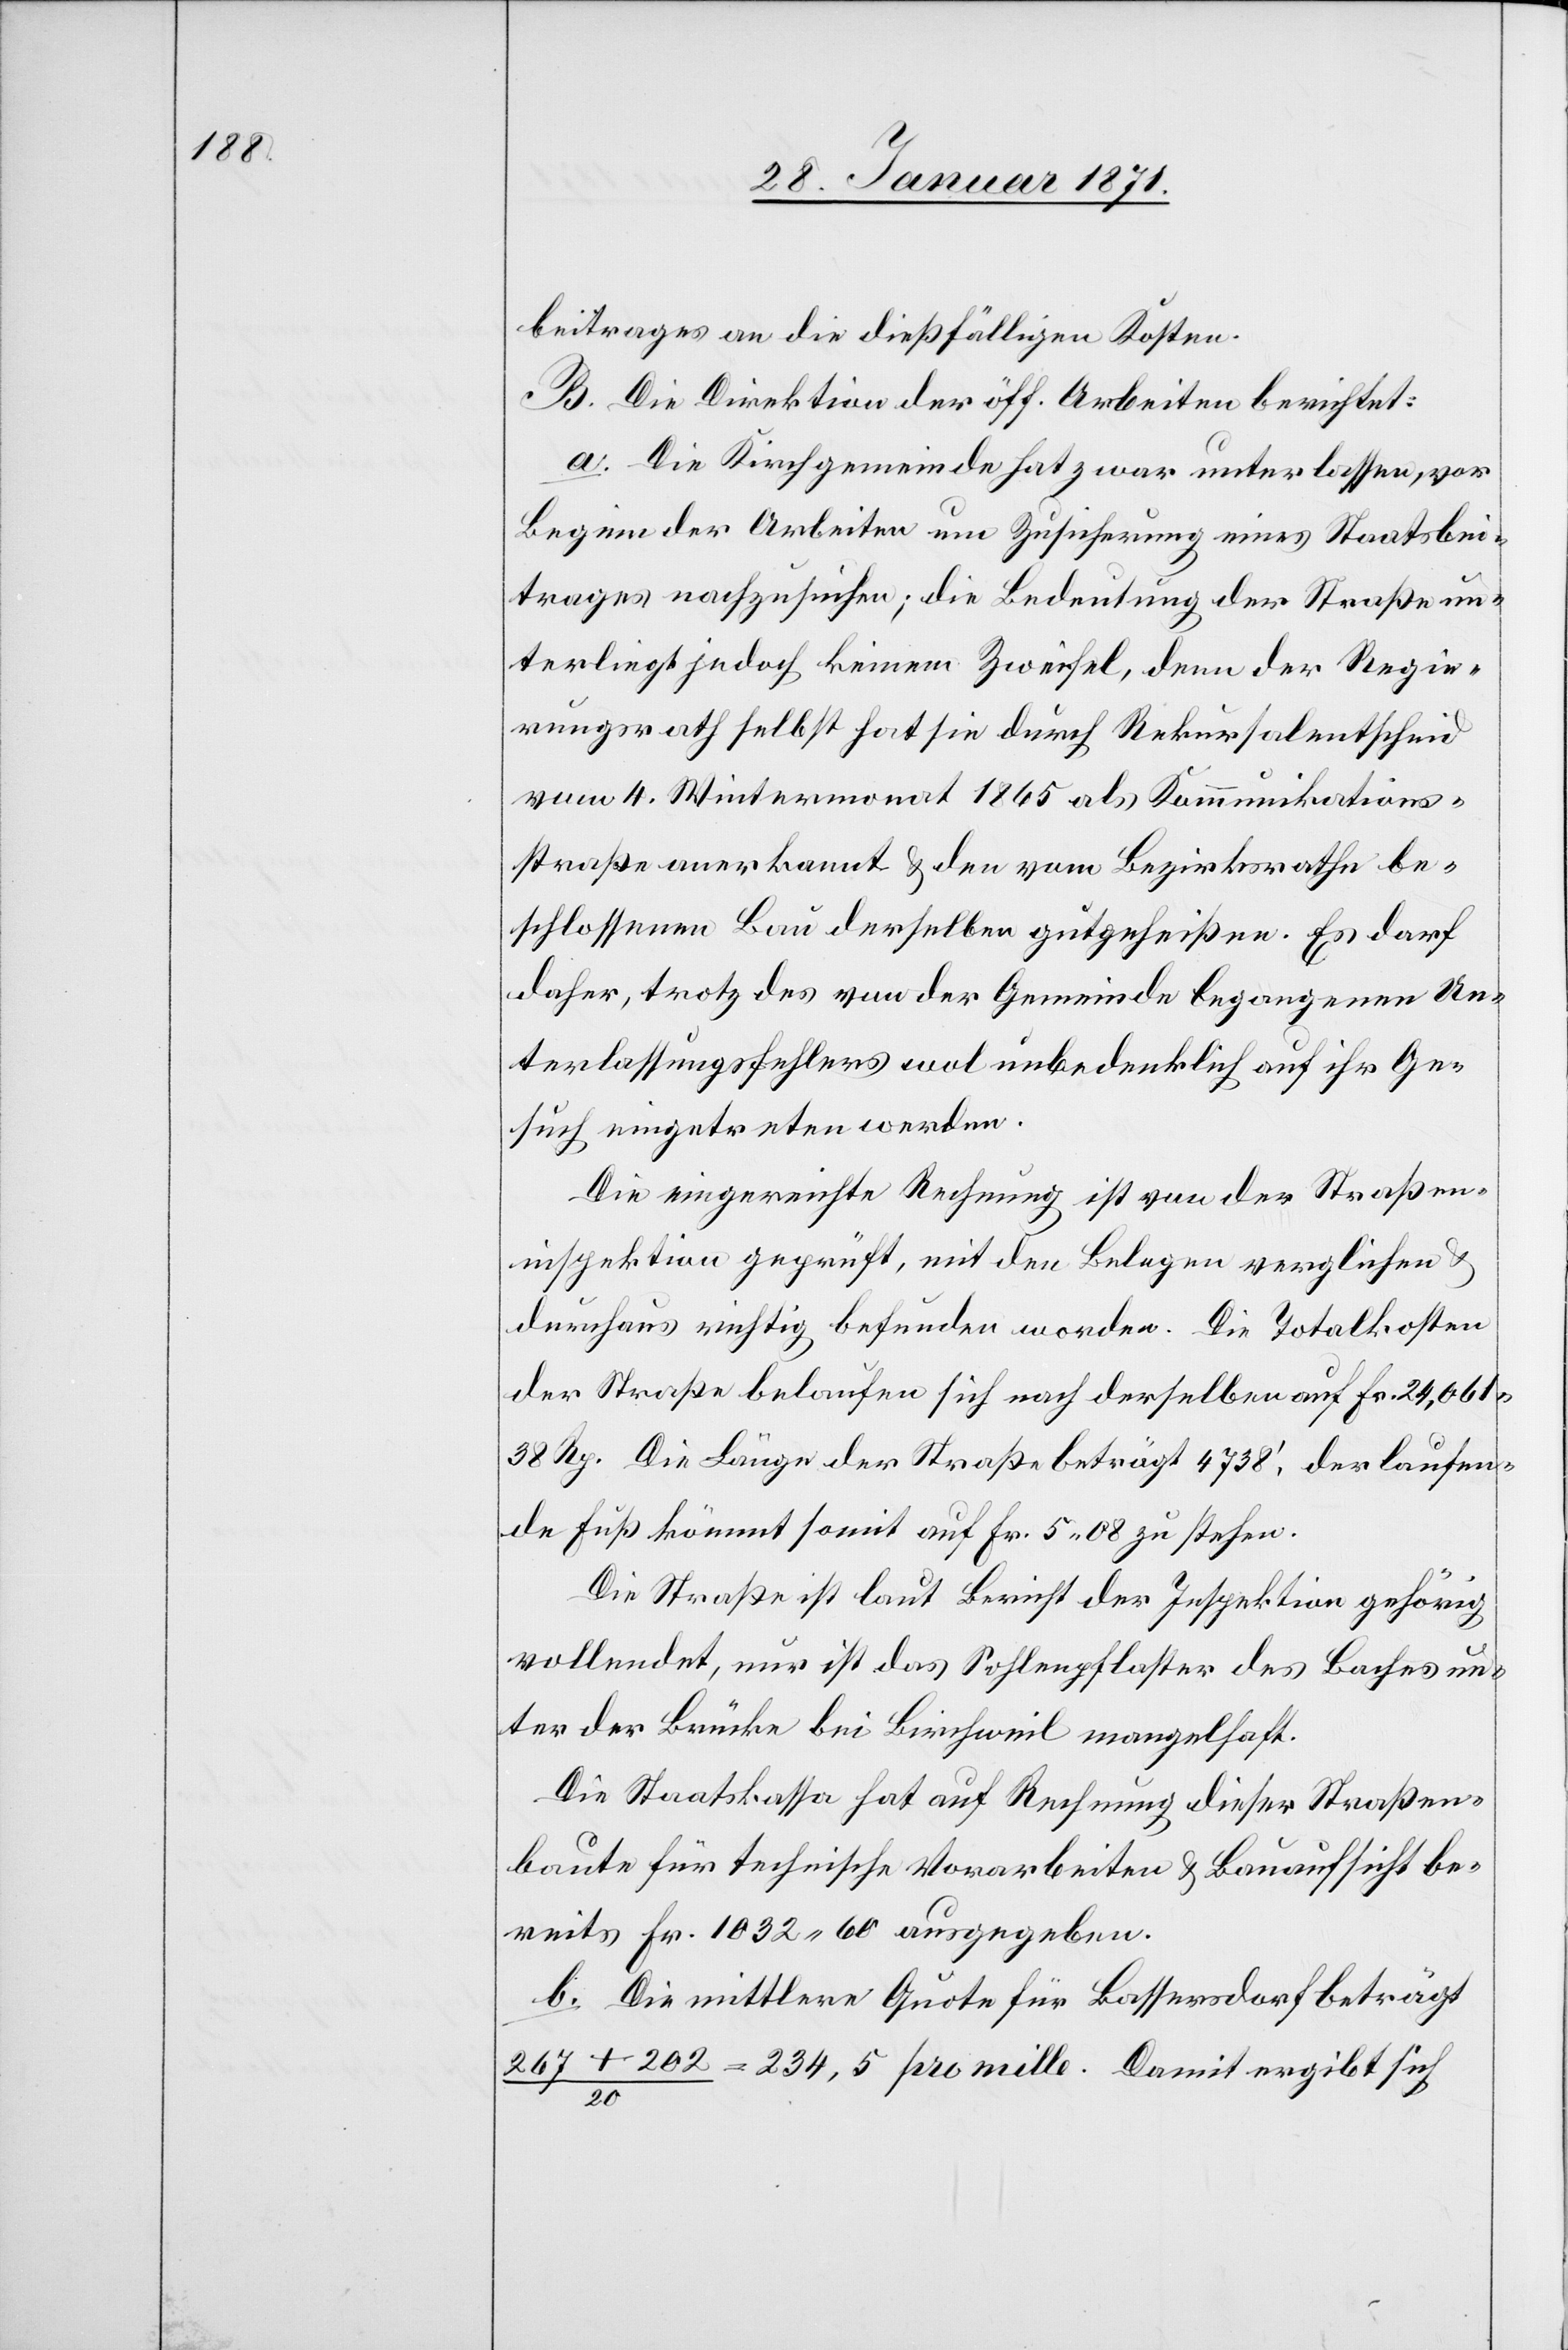
beitrages an die dießfälligen Kosten.
B. Die Direktion der öff. Arbeiten berichtet:
a. Die Kirchgemeinde hat zwar unterlassen, vor
Beginn der Arbeiten um Zusicherung eines Staatsbei¬
trages nachzusuchen; die Bedeutung der Straße un¬
terliegt jedoch keinem Zweifel, denn der Regie¬
rungsrath selbst hat sie durch Rekursalentscheid
vom 4. Wintermonat 1865 als Kommunikations¬
straße anerkannt u. den vom Bezirksrathe be¬
schlossenen Bau derselben gutgeheißen. Es darf
daher, trotz des von der Gemeinde begangenen Un¬
terlassungsfehlers wol unbedenklich auf ihr Ge¬
such eingetreten werden.
Die eingereichte Rechnung ist von der Straßen¬
inspektion geprüft, mit den Belegen verglichen u.
durchaus richtig befunden worden. Die Totalkosten
der Straße belaufen sich nach derselben auf Fr. 24,061.38
Rp. Die Länge der Straße beträgt 4738‘. der laufen¬
de Fuß kömmt somit auf Fr. 5.08 zu stehen.
Die Straße ist laut Bericht der Inspektion gehörig
vollendet, nur ist das Sohlenpflaster des Baches un¬
ter der Brücke bei Birchweil mangelhaft.
Die Staatskasse hat auf Rechnung dieser Straßen¬
baute für technische Vorarbeiten u. Bauaufsicht be¬
reits Fr. 1032.60 ausgegeben.
b. Die mittlere Quote für Bassersdorf beträgt
202 / 20 = 234,5 pro mille. Damit ergibt sich